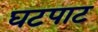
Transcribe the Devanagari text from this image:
घटपाट